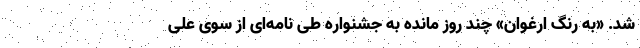
شد. «به رنگ ارغوان» چند روز مانده به جشنواره طی نامه‌ای از سوی علی